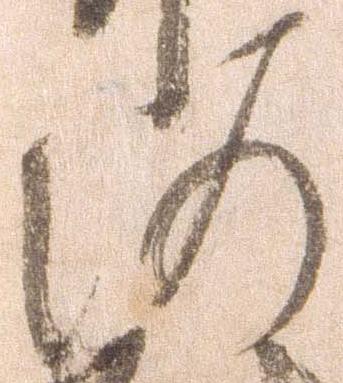
河